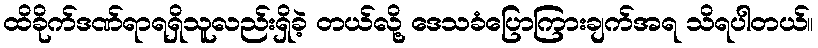
ထိခိုက်ဒဏ်ရာရရှိသူလည်းရှိခဲ့ တယ်လို့ ဒေသခံပြောကြားချက်အရ သိရပါတယ်။